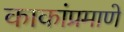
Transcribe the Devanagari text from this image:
काकांप्रमाणे